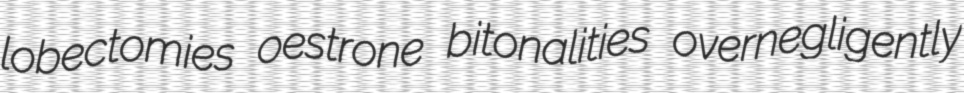
lobectomies oestrone bitonalities overnegligently